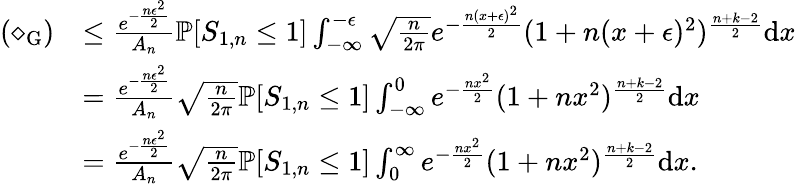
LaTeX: \begin{array}{rl}{(\diamond_{\mathrm{G}})}&{\leq\frac{e^{-\frac{n\epsilon^{2}}{2}}}{A_{n}}\mathbb{P}[S_{1,n}\leq 1]\int_{-\infty}^{-\epsilon}\sqrt{\frac{n}{2\pi}}e^{-\frac{n(x+\epsilon)^{2}}{2}}(1+n(x+\epsilon)^{2})^{\frac{n+k-2}{2}}\mathrm{d}x}\\ &{=\frac{e^{-\frac{n\epsilon^{2}}{2}}}{A_{n}}\sqrt{\frac{n}{2\pi}}\mathbb{P}[S_{1,n}\leq 1]\int_{-\infty}^{0}e^{-\frac{nx^{2}}{2}}(1+nx^{2})^{\frac{n+k-2}{2}}\mathrm{d}x}\\ &{=\frac{e^{-\frac{n\epsilon^{2}}{2}}}{A_{n}}\sqrt{\frac{n}{2\pi}}\mathbb{P}[S_{1,n}\leq 1]\int_{0}^{\infty}e^{-\frac{nx^{2}}{2}}(1+nx^{2})^{\frac{n+k-2}{2}}\mathrm{d}x.}\end{array}